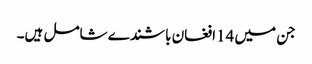
جن میں 14افغان باشندے شامل ہیں۔